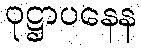
ဝုဋ္ဌာပနေန